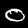
Label: 0